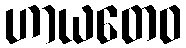
ဟာယတေဝ